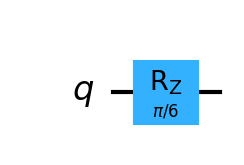
Description: Rz rotation: rotation around Z-axis by π/6
描述: Rz旋转：绕Z轴旋转π/6
Category: gate_coverage (difficulty: basic)
Qubits: 1, circuit depth: 1

Braket implementation:
import math
from braket.circuits import Circuit
circuit = Circuit().rz(0, math.pi / 6)